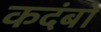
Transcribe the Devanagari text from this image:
कदंबो